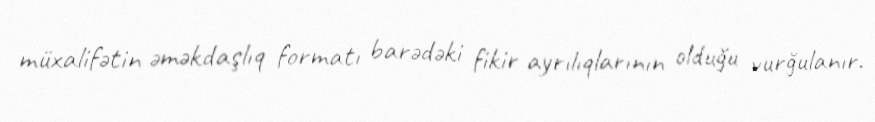
müxalifətin əməkdaşlıq formatı barədəki fikir ayrılıqlarının olduğu vurğulanır.